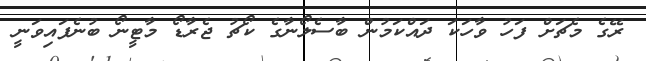
ރޭގެ މެޗަށް ފަހު ވާހަކަ ދައްކަމުން ބާސެލޯނާގެ ކޯޗު ޖެރާޑޯ މާޓީނޯ ބުނެފައިވަނީ